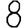
Digit: 8